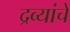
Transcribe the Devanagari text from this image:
द्रव्यांचे